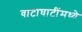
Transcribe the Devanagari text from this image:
वाटाघाटींमध्ये